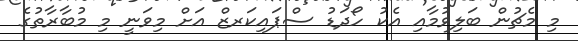
މި މެޗުން ބަލިވުމާއި އެކު ހޯދަޑު ސްޕައިކަރޒް އަށް މިވަނީ މި މުބާރާތުގެ